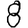
Digit: 8